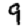
Digit: 9